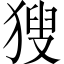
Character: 獀